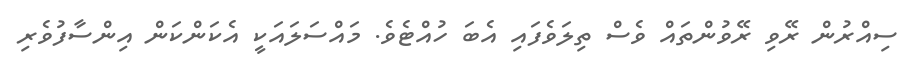
ސިއްރުން ރޭވި ރޭވުންތައް ވެސް ތިލަވެފައި އެބަ ހުއްޓެވެ. މައްސަލައަކީ އެކަންކަން އިންސާފުވެރި